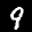
Label: 9